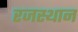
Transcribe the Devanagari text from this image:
रजस्थान